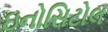
ઇનોસિટોલ